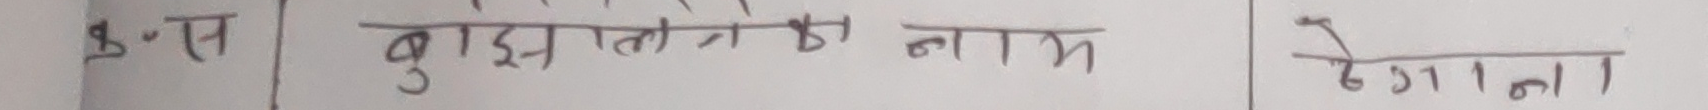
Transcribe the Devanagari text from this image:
क्र.स बुझतेज का नाम देगाला